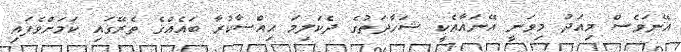
އޭނަވެސް މިއަދު މިވަނީ އޭނައާއެކީ ޝަހާދަތުގެ ދެކަލިމަ ޙިއްސާކުރާ ބައެއްގެ ތެރޭގައި ކަމަށްވެފައި